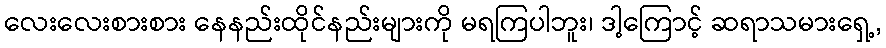
လေးလေးစားစား နေနည်းထိုင်နည်းများကို မရကြပါဘူး၊ ဒါ့ကြောင့် ဆရာသမားရှေ့,